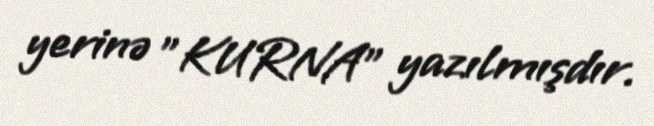
yerinə "KURNA" yazılmışdır.